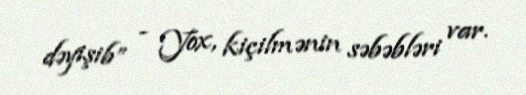
dəyişib” - Yox, kiçilmənin səbəbləri var.